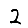
Digit: 2